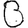
Digit: 0